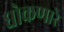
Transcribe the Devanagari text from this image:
घोकणारे